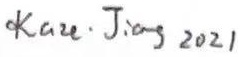
$K a u \cdot J i a \eta g ~ 2021$